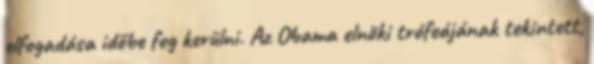
elfogadása időbe fog kerülni. Az Obama elnöki trófeájának tekintett,